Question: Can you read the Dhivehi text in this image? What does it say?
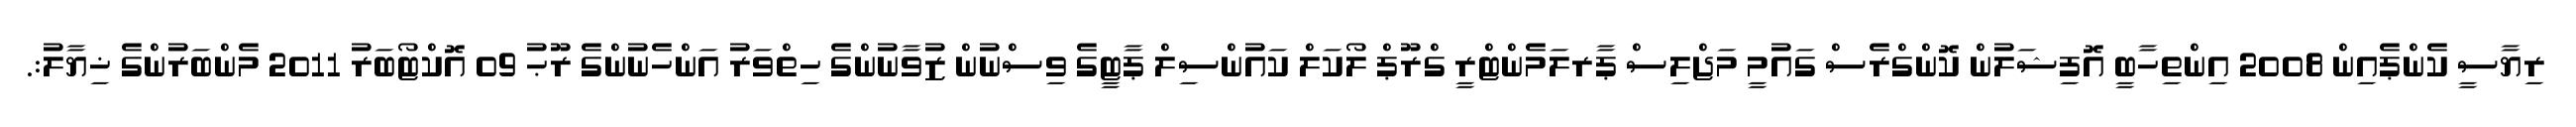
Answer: ރިޔާސީ ކެންޕެއިން 2008 އިންތިހާބީ އޮފިޝަލުން ކޮންގްރެސް ގައުމީ މަޖްލިސް ޕާރލަމެންޓްރީ ގްރޫޕް ލޯކަލް ކައުންސިލް ޕާޓީގެ ވިސްނުން ޒުވާނުންގެ ހިތްވަރު އަންހެނުންގެ ރޫޙު 09 އޮކްޓޯބަރު 2011 މެންބަރުންގެ ޚިޔާލު:.